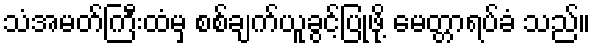
သံအမတ်ကြီးထံမှ စစ်ချက်ယူခွင့်ပြုဖို့ မေတ္တာရပ်ခံ သည်။